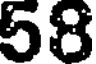
58